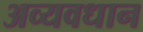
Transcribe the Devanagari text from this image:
अव्यवधान